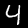
Digit: 4